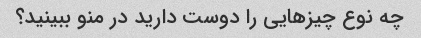
چه نوع چیزهایی را دوست دارید در منو ببینید؟